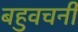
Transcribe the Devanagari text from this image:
बहुवचनी